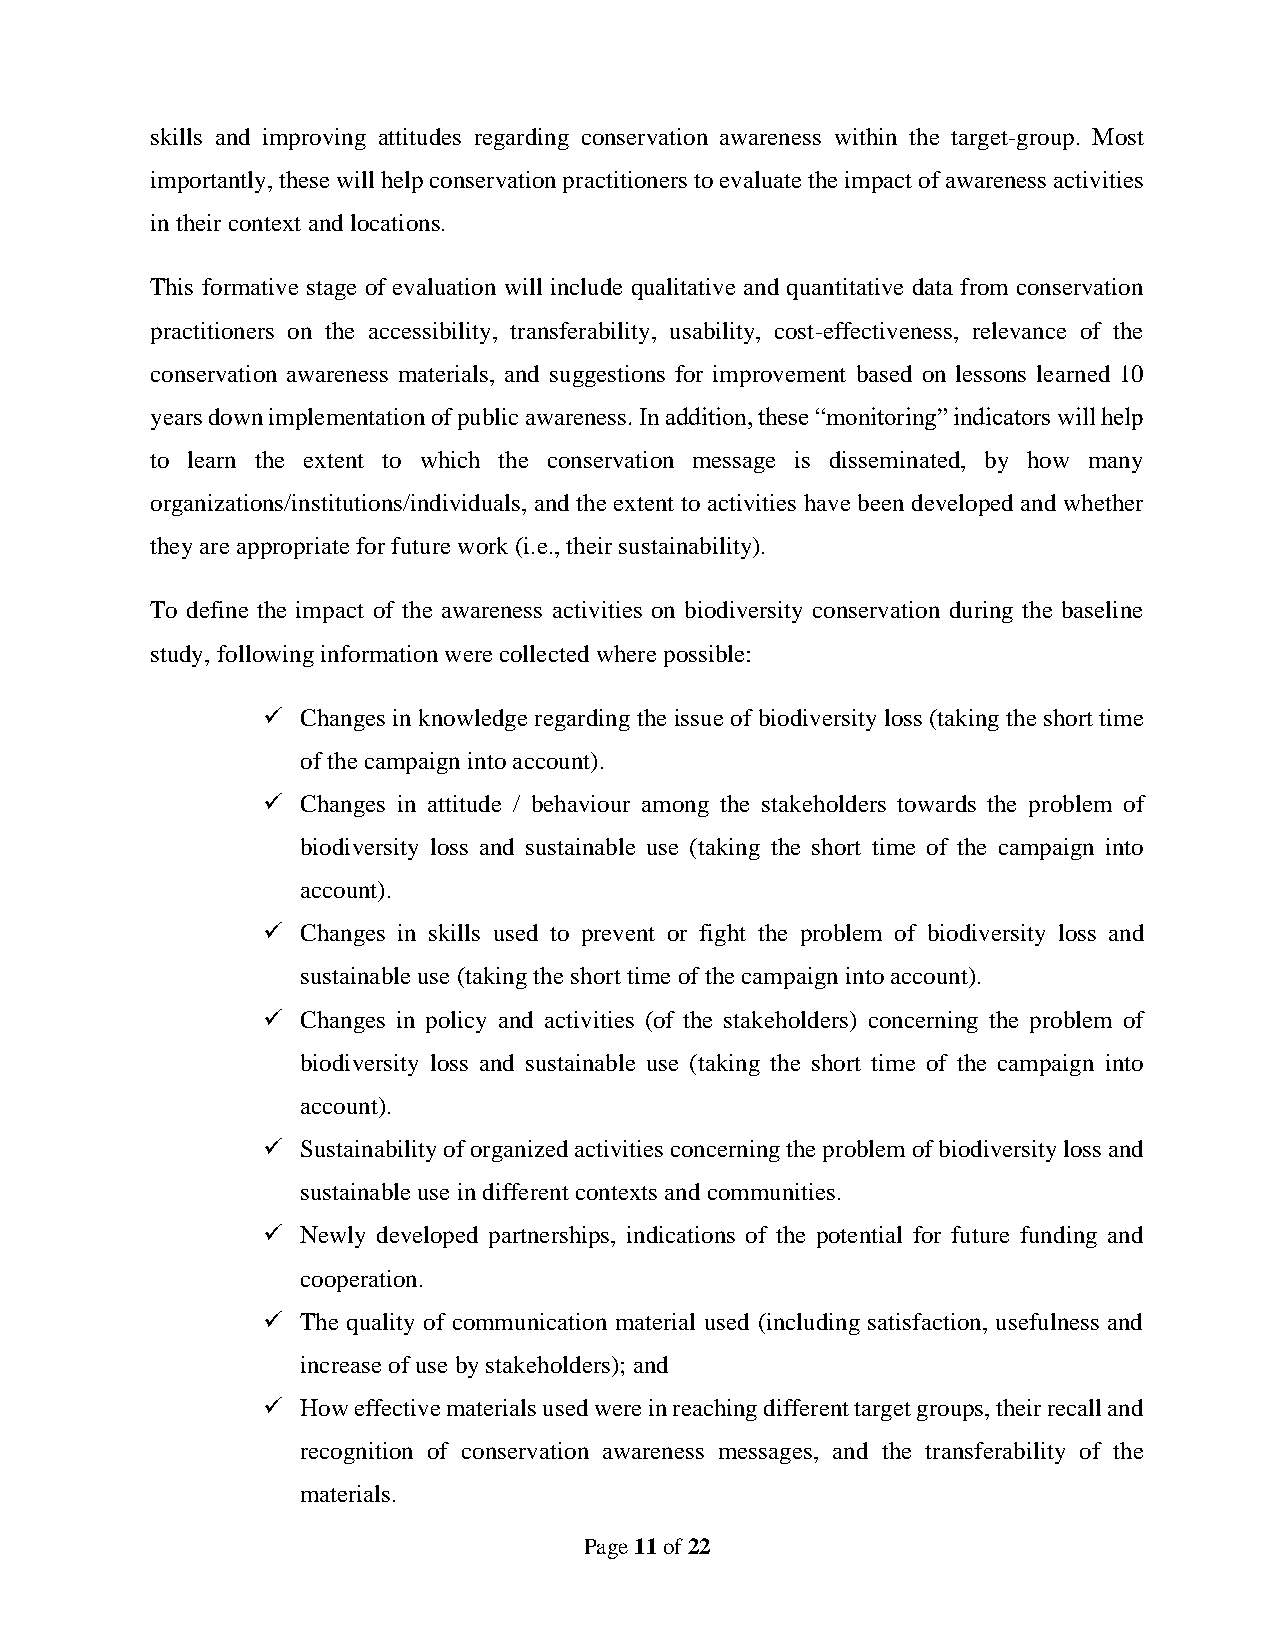
skills and improving attitudes regarding conservation awareness within the target-group. Most
 importantly, these will help conservation practitioners to evaluate the impact of awareness activities
 in their context and locations.
 This formative stage of evaluation will include qualitative and quantitative data from conservation
 practitioners on the accessibility, transferability, usability, cost-effectiveness, relevance of the
 conservation awareness materials, and suggestions for improvement based on lessons learned 10
 years down implementation of public awareness. In addition, these “monitoring” indicators will help
 to learn the extent to which the conservation message is disseminated, by how many
 organizations/institutions/individuals, and the extent to activities have been developed and whether
 they are appropriate for future work (i.e., their sustainability).
 To define the impact of the awareness activities on biodiversity conservation during the baseline
 study, following information were collected where possible:
 ✓  Changes in knowledge regarding the issue of biodiversity loss (taking the short time
 of the campaign into account).
 ✓  Changes in attitude / behaviour among the stakeholders towards the problem of
 biodiversity loss and sustainable use (taking the short time of the campaign into
 account).
 ✓  Changes in skills used to prevent or fight the problem of biodiversity loss and
 sustainable use (taking the short time of the campaign into account).
 ✓  Changes in policy and activities (of the stakeholders) concerning the problem of
 biodiversity loss and sustainable use (taking the short time of the campaign into
 account).
 ✓  Sustainability of organized activities concerning the problem of biodiversity loss and
 sustainable use in different contexts and communities.
 ✓  Newly developed partnerships, indications of the potential for future funding and
 cooperation.
 ✓  The quality of communication material used (including satisfaction, usefulness and
 increase of use by stakeholders); and
 ✓  How effective materials used were in reaching different target groups, their recall and
 recognition of conservation awareness messages, and the transferability of the
 materials.
 Page 11 of 22